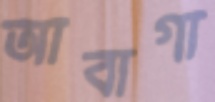
আবাগা